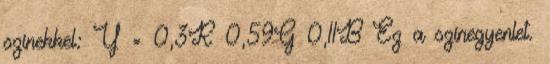
színekkel: Y = 0,3R 0,59G 0,11B Ez a színegyenlet.